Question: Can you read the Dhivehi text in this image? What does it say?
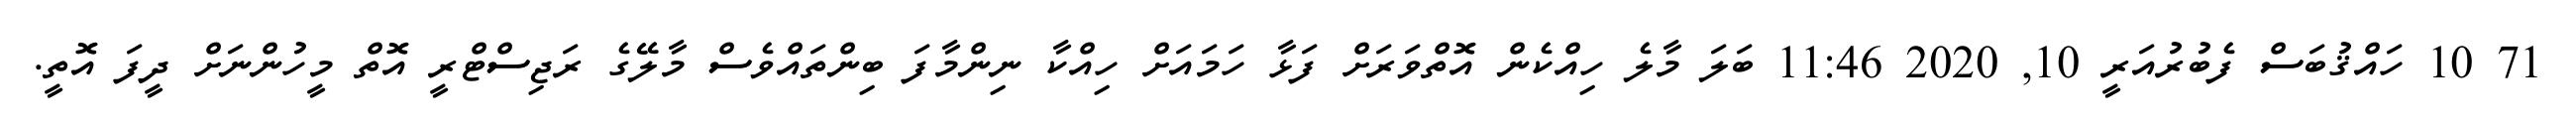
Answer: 71 10 ހައްޤުބަސް ފެބުރުއަރީ 10, 2020 11:46 ބަލަ މާލެ ހިއްކެން އޮތްވަރަށް ފަޅާ ހަމައަށް ހިއްކާ ނިންމާފަ ބިންތައްވެސް މާލޭގެ ރަޖިސްޓްރީ އޮތް މީހުންނަށް ދީފަ އޮތީ.